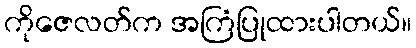
ကိုဇေလတ်က အကြံပြုထားပါတယ်။